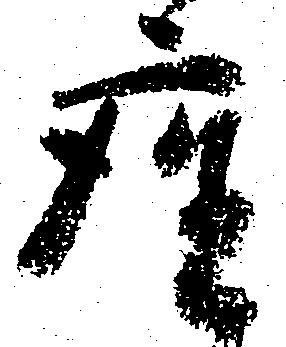
座